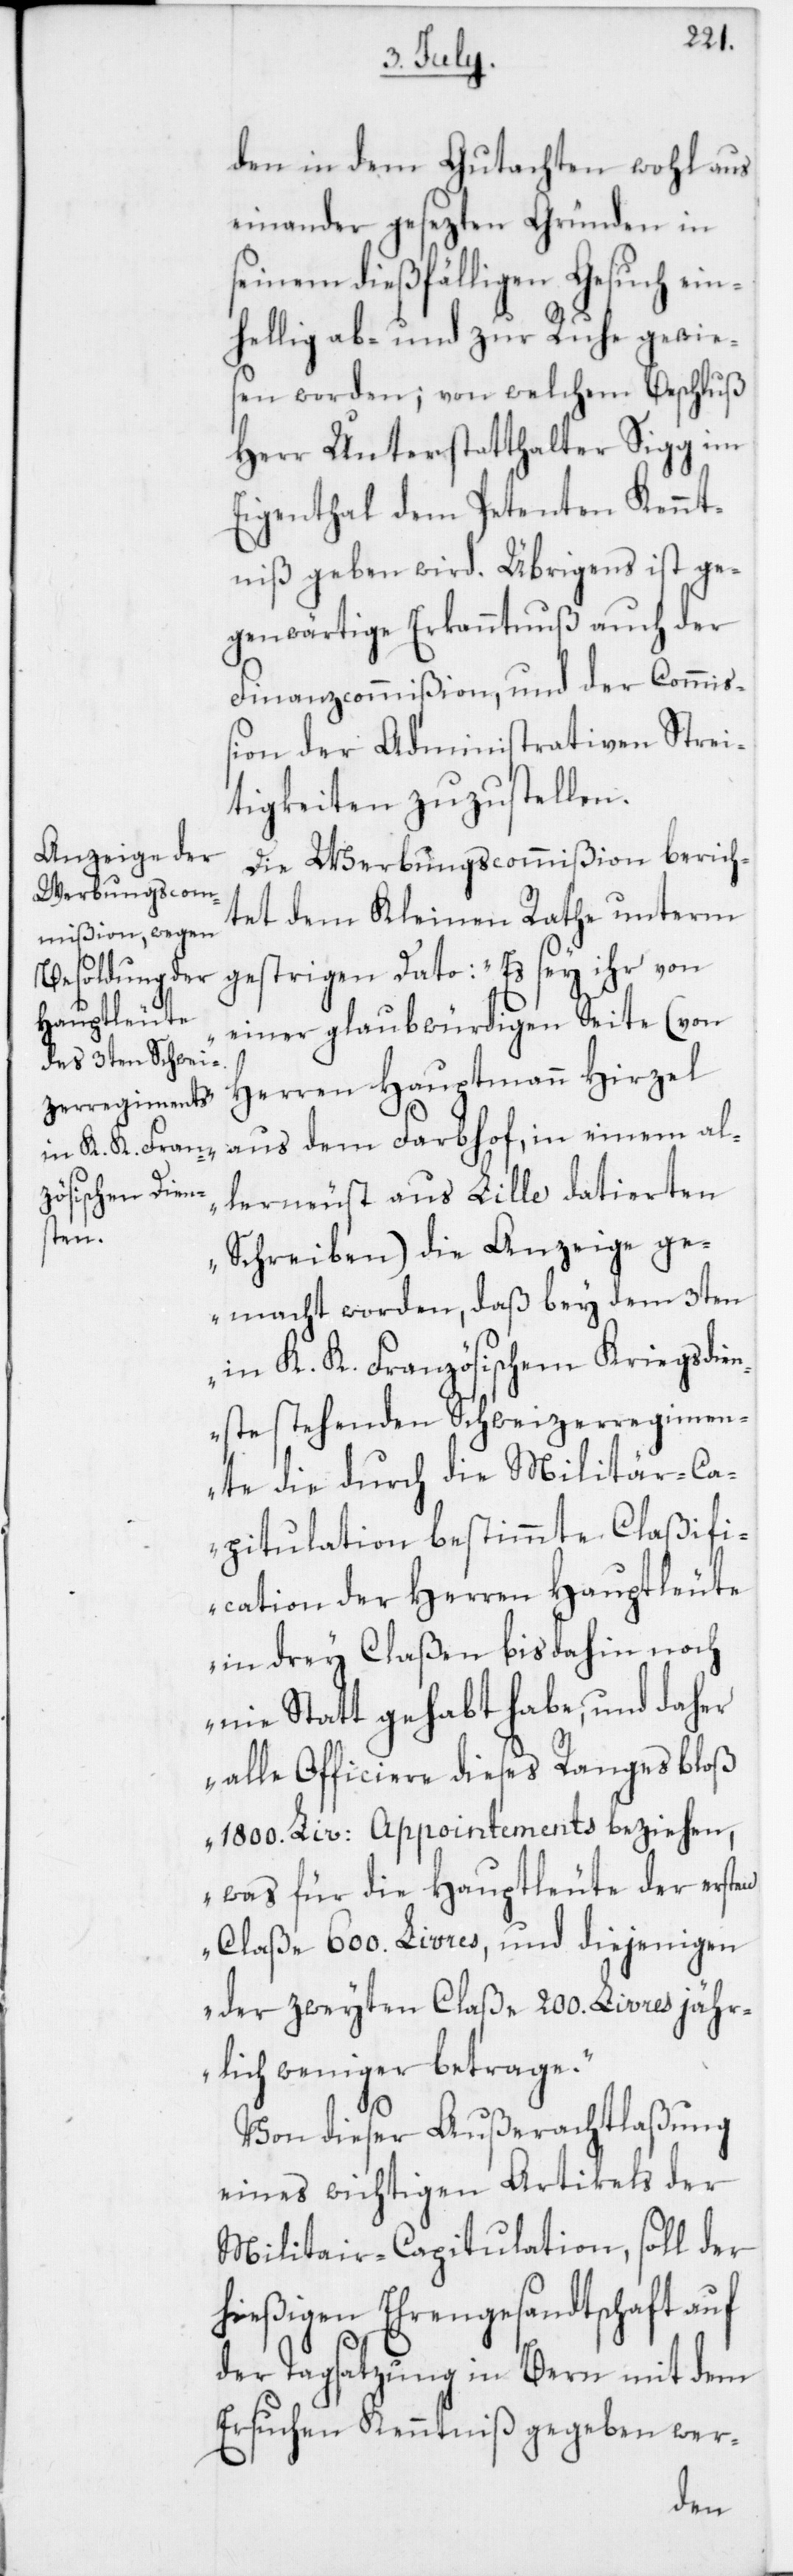
den in dem Gutachten wohl aus¬
einander gesezten Gründen in
seinem dießfälligen Gesuch ein¬
hellig ab- und zur Ruhe gewie¬
sen worden; von welchem Beschluß
Herr Unterstatthalter Sigg im
Eigenthal dem Petenten Kennt¬
niß geben wird. Übrigens ist ge¬
genwärtige Erkanntnuß auch der
Finanzcommißion und der Commiß¬
ion der Administrativen Strei¬
tigkeiten zuzustellen.
Die Werbungscommißion berich¬
tet dem Kleinen Rathe unterm
gestrigen Dato: „Es sey ihr von
einer glaubwürdigen Seite (von
Herren Hauptmann Hirzel
aus dem Farbhof, in einem al¬
lerneust aus Lille datierten
Schreiben) die Anzeige ge¬
macht worden, daß bey dem 3ten
in K. K. Französischem Kriegsdie¬
nste stehenden Schweizer Regimen¬
te die durch die Militär-Ca¬
pitulation bestimmte Claßifi¬
cation der Herren Hauptleute
in drey Claßen bis dahin noch
nie Statt gehabt habe, und daher
alle Officiere dieses Ranges bloß
1800. Liv. Appointements beziehen,
was für die Hauptleute der ersten
Claße 600. Livres, und diejenigen
der zweyten Claße 200. Livres jähr¬
lich weniger betrage.“
Von dieser Außerachtlaßung
eines wichtigen Artikels der
Militar-Capitulation, soll der
hießigen Ehrengesandtschaft auf
der Tagsatzung in Bern mit dem
Ersuchen Kenntniß gegeben wer-